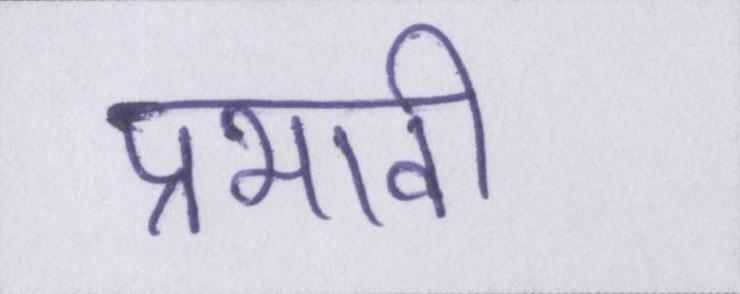
प्रभावी